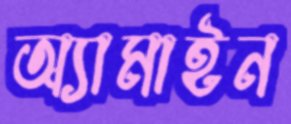
অ্যামাইন